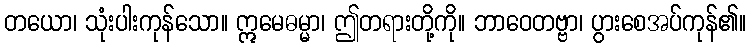
တယော၊ သုံးပါးကုန်သော။ ဣမေဓမ္မာ၊ ဤတရားတို့ကို။ ဘာဝေတဗ္ဗာ၊ ပွားစေအပ်ကုန်၏။